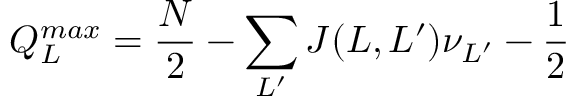
Q _ { L } ^ { m a x } = \frac { N } { 2 } - \sum _ { L ^ { \prime } } J ( L , L ^ { \prime } ) \nu _ { L ^ { \prime } } - \frac { 1 } { 2 }